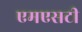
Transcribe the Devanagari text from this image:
एमएसटी